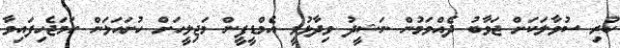
ކުރި ސުވާލަކަށް ޖަވާބު ދެއްވަމުން ނަޝީދު ވިދާޅުވީ އެމްޑީޕީން މަޖިލީހަށް ހުށައަޅަން ހަމަޖެހިފައިވާ